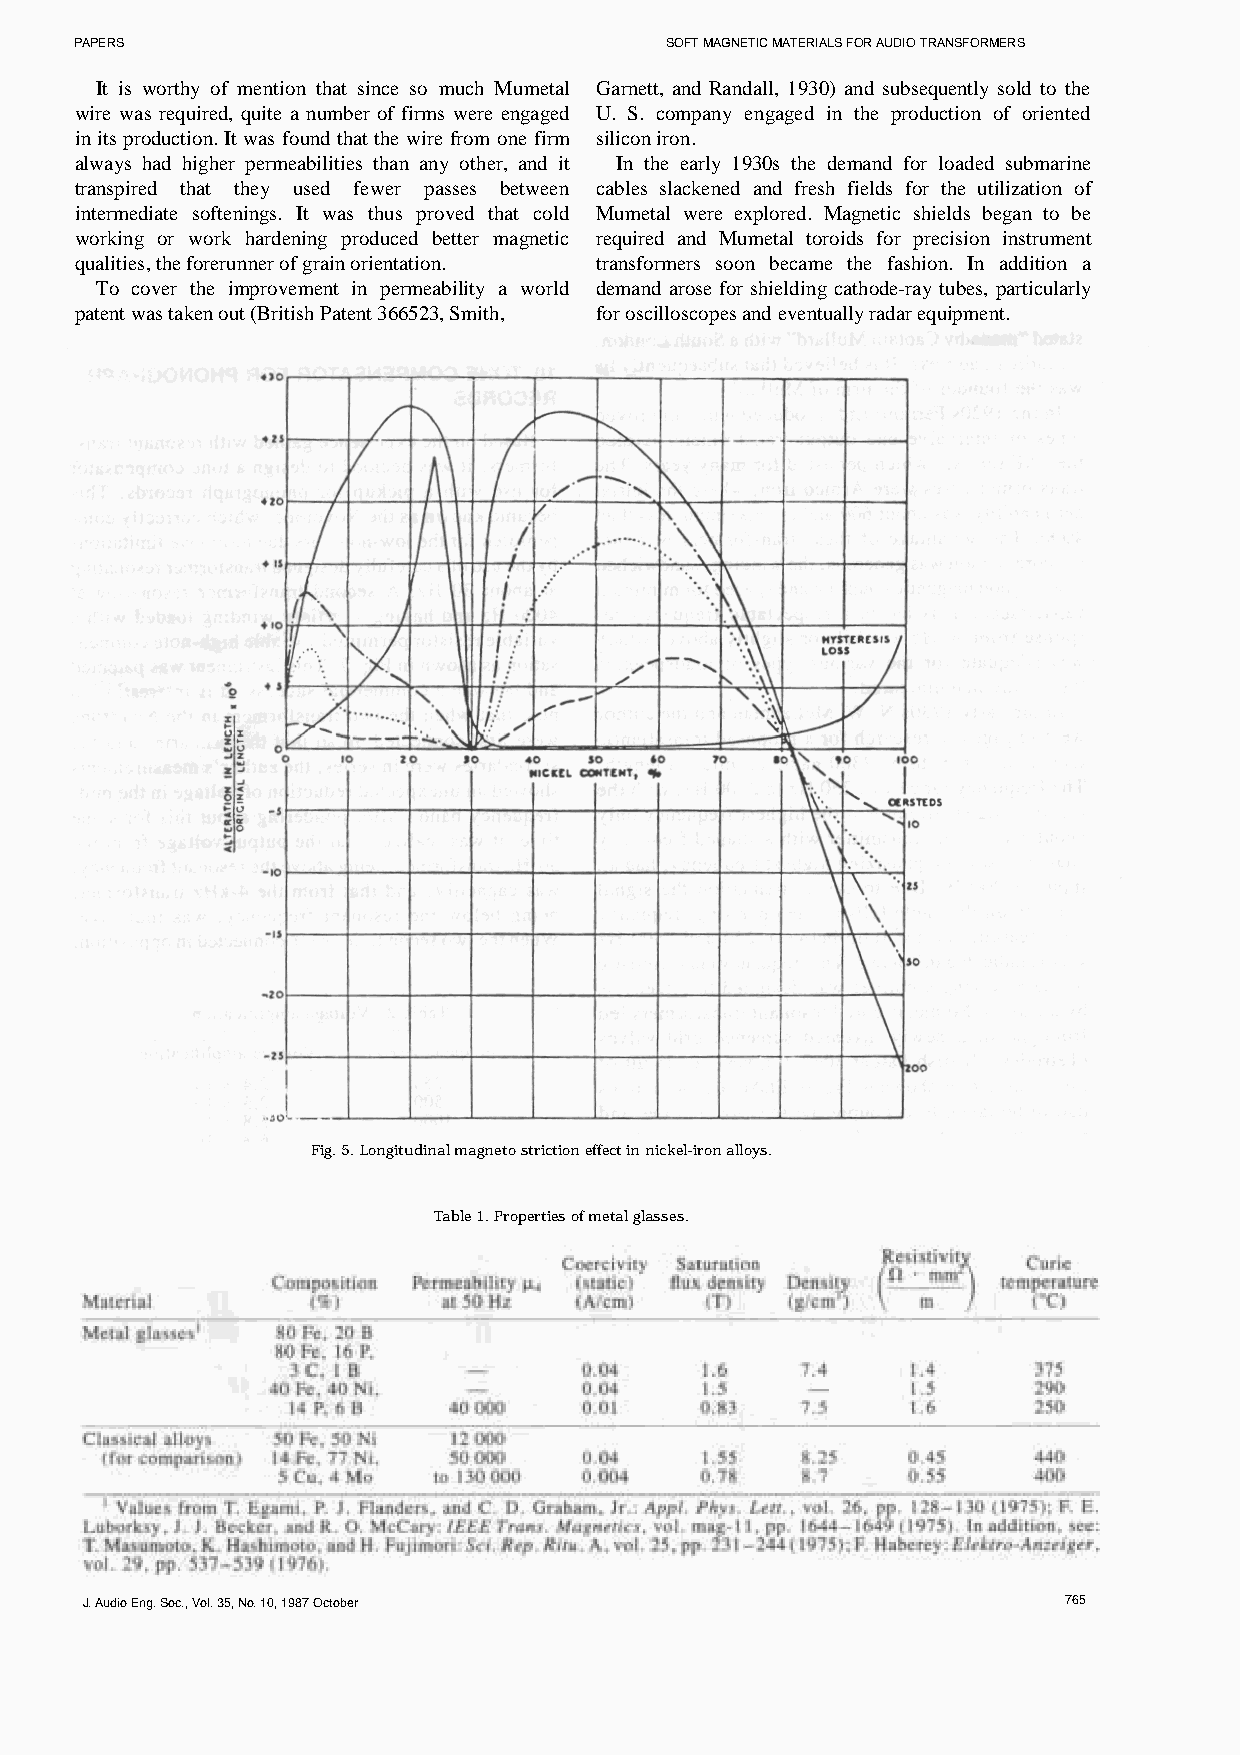
PAPERS                                 SOFT MAGNETIC MATERIALS FOR AUDIO TRANSFORMERS
 It is worthy of mention that since so much Mumetal Garnett, and Randall, 1930) and subsequently sold to the
 wire was required, quite a number of firms were engaged U. S. company engaged in the production of oriented
 in its production. It was found that the wire from one firm silicon iron.
 always had higher permeabilities than any other, and it In the early 1930s the demand for loaded submarine
 transpired that they used fewer passes between cables slackened and fresh fields for the utilization of
 intermediate softenings. It was thus proved that cold Mumetal were explored. Magnetic shields began to be
 working or work hardening produced better magnetic required and Mumetal toroids for precision instrument
 qualities, the forerunner of grain orientation. transformers soon became the fashion. In addition a
 To cover the improvement in permeability a world demand arose for shielding cathode-ray tubes, particularly
 patent was taken out (British Patent 366523, Smith, for oscilloscopes and eventually radar equipment.
 Fig. 5. Longitudinal magneto striction effect in nickel-iron alloys.
 Table 1. Properties of metal glasses.
 J. Audio Eng. Soc., Vol. 35, No. 10, 1987 October                 765